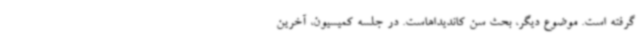
گرفته‌ است. موضوع دیگر، بحث سن کاندیداهاست. در جلسه کمیسیون، آخرین